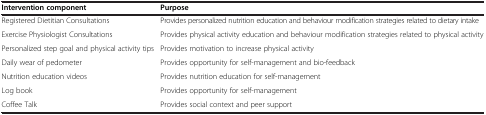
<table><thead><tr><td><b>Intervention component</b></td><td><b>Purpose</b></td></tr></thead><tbody><tr><td>Registered Dietitian Consultations</td><td>Provides personalized nutrition education and behaviour modification strategies related to dietary intake</td></tr><tr><td>Exercise Physiologist Consultations</td><td>Provides physical activity education and behaviour modification strategies related to physical activity</td></tr><tr><td>Personalized step goal and physical activity tips</td><td>Provides motivation to increase physical activity</td></tr><tr><td>Daily wear of pedometer</td><td>Provides opportunity for self-management and bio-feedback</td></tr><tr><td>Nutrition education videos</td><td>Provides nutrition education for self-management</td></tr><tr><td>Log book</td><td>Provides opportunity for self-management</td></tr><tr><td>Coffee Talk</td><td>Provides social context and peer support</td></tr></tbody></table>